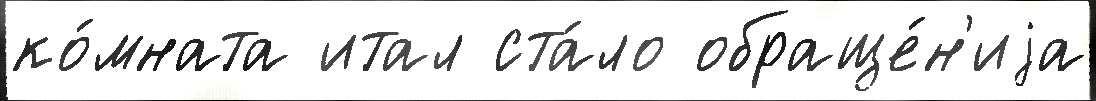
ко́мната итал ста́ло обраще́н'иjа